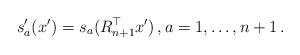
LaTeX: \begin{align*} s'_a(x')= s_a(R^\top_{n+1}x')\,,a=1,\ldots,n+1\,.\end{align*}